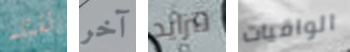
تقتله آخر تتزايد الواقيات